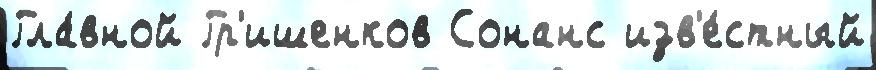
Гла́вной Гр'ишенков Сонанс изв'е́стный